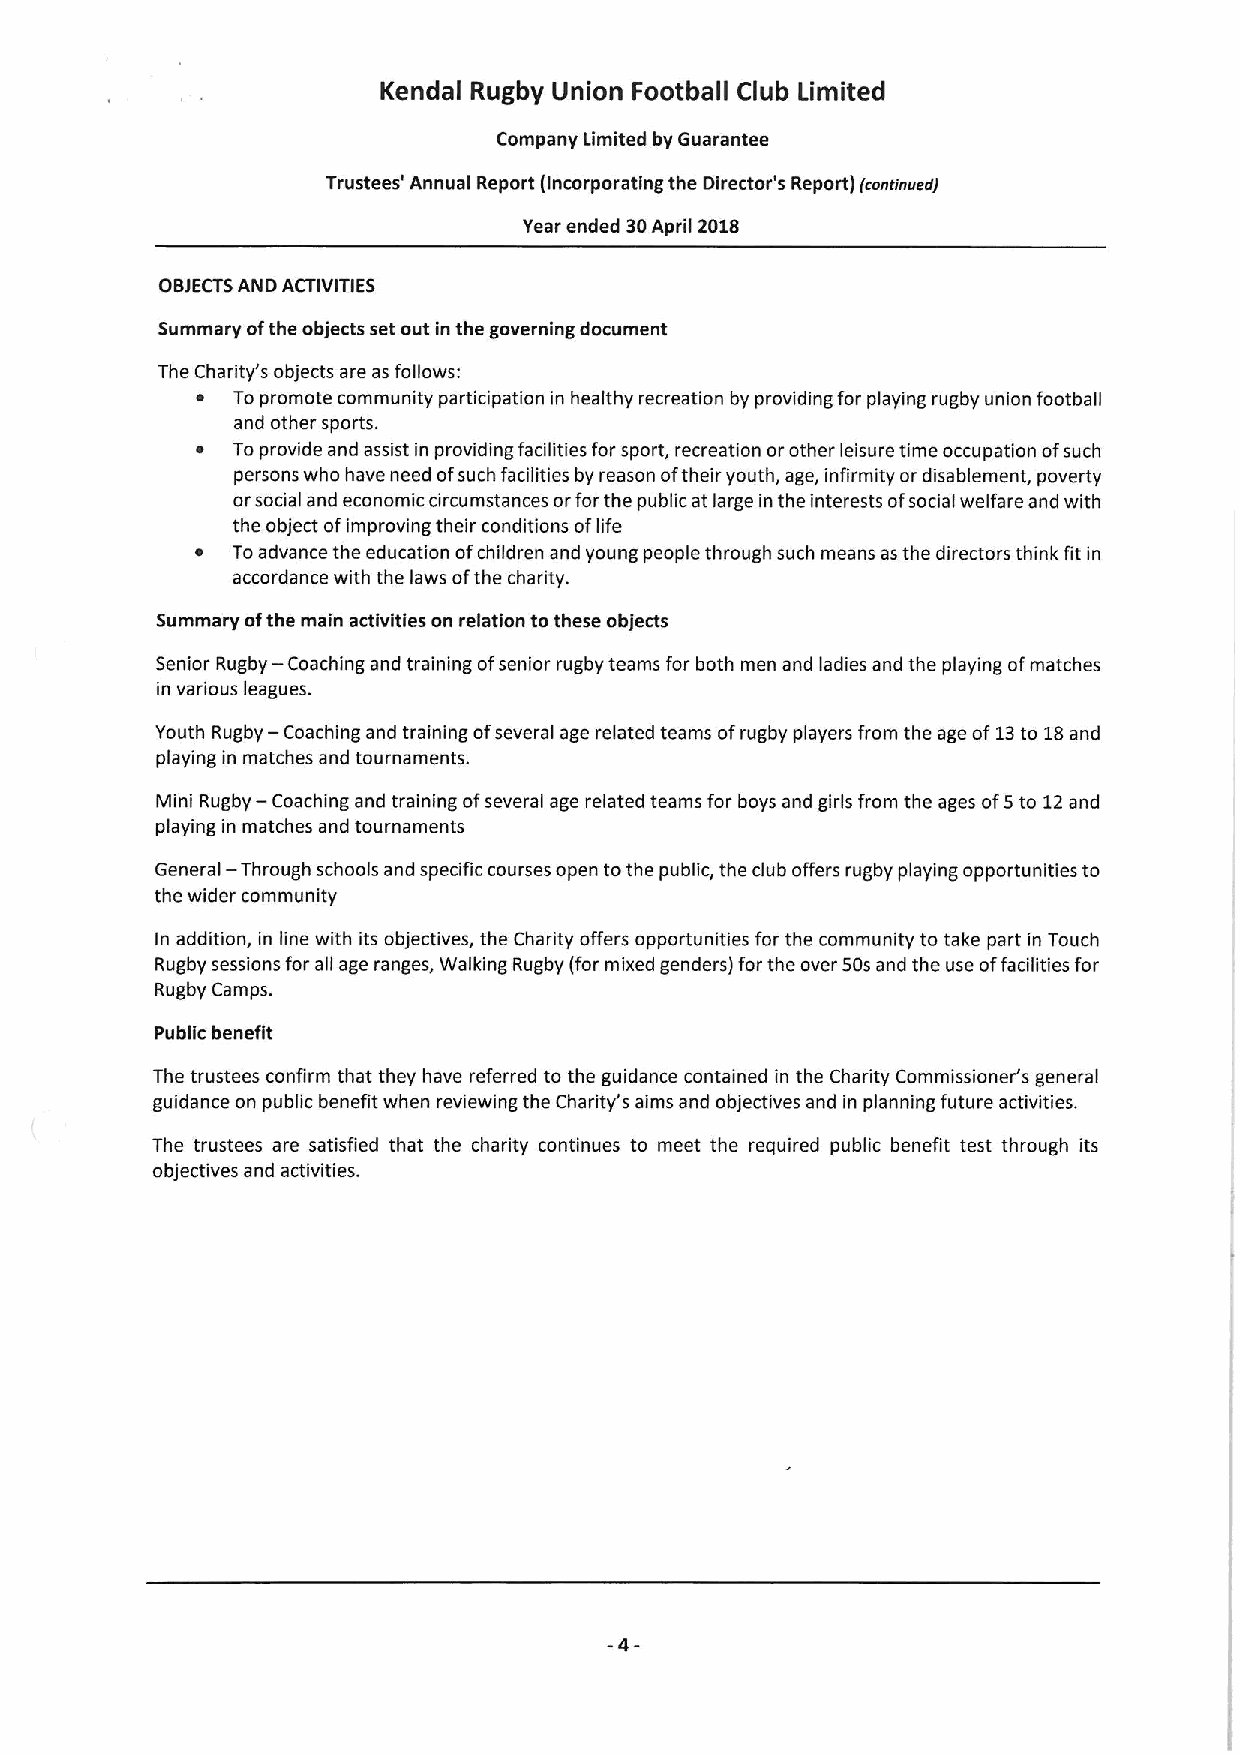
Kendal Rugby Union Football Club Limited
 Company Limited by Guarantee
 Trustees' Annual RePort (IncorPorating the Director's RePort) fmariavevj
 Year ended 30April 2018
 OBJECTSAND ACTIVITIES
 Summary ofthe objects set out in the governing document
 The Charity's objects are as follows:
 ~ Topromote community participation in healthy recreation by providing for playing rugby union football
 and other sports.
 ~ Toprovide and assist in providing facilities for sport, recreation orother leisure time occupation ofsuch
 persons who have need ofsuch facilities by reason oftheir youth, age, infirmity or disablement, poverty
 orsocial and economic circumstances orforthe public at large in the interests ofsocial welfare and with
 the object ofimproving their conditions oflife
 ~ Toadvance the education ofchildren and young people through such means as the directors think fit in
 accordance with the laws ofthe charity.
 Summary ofthe main activities on relation tothese objects
 —
 Senior Rugby Coaching and training ofsenior rugby teams for both men and ladies and the playing ofmatches
 in various leagues.
 —
 Youth Rugby Coaching and training ofseveral age related teams ofrugby players from the age of13to 18and
 playing in matches and tournaments.
 Mini Rugby- Coaching and training ofseveral age related teams for boys and girls from the ages of5to 12and
 playing in matches and tournaments
 General — Through schools and specific courses open tothe public, the club offers rugby playing opportunities to
 the wider community
 In addition, in line with its objectives, the Charity offers opportunities for the community to take part in Touch
 Rugby sessions for all age ranges, Walking Rugby (for mixed genders) for the over 50sand the use offacilities for
 Rugby Camps.
 Public benefit
 The trustees confirm that they have referred to the guidance contained in the Charity Commissioner's general
 guidance on public benefit when reviewing the Charity's aims and objectives and in planning future activities.
 The trustees are satisfied that the charity continues to meet the required public benefit test through its
 objectives and activities.